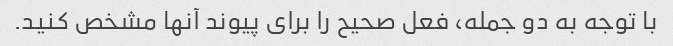
با توجه به دو جمله، فعل صحیح را برای پیوند آنها مشخص کنید.